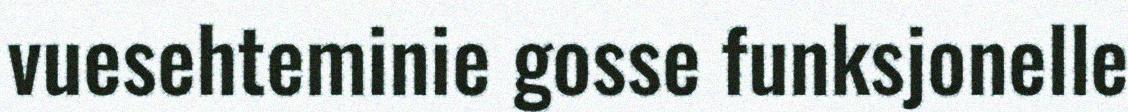
vuesehteminie gosse funksjonelle